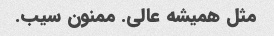
مثل همیشه عالی. ممنون سیب.